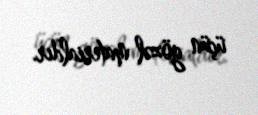
üçün gözəl materialdır.